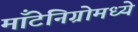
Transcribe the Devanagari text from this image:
माँटेनिग्रोमध्ये